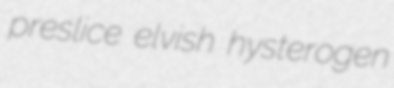
preslice elvish hysterogen